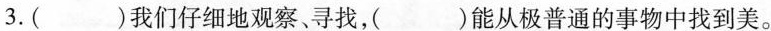
3. ( )我们仔细地观察、寻找，( )能从极普通的事物中找到美。